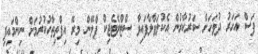
ފަސް އަހަރު ދުވަހަށް ސަރުކާރުން އެކުލަވާލާފައިވާ ސްޓްރެޓެޖިކް ޕްލޭން މިރޭ އިފްތިތާހުކުރުމަށް ނިންމައިފި